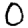
Digit: 0